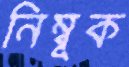
নিম্বূক